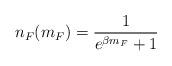
LaTeX: \begin{align*}n_F(m_F)={1\over e^{\beta m_F}+1}\end{align*}